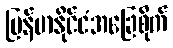
မြန်မာနိုင်ငံအခြေစိုက်